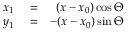
\begin{array} { r l r } { x _ { 1 } } & { { } = } & { ( x - x _ { 0 } ) \cos \Theta } \\ { y _ { 1 } } & { { } = } & { - ( x - x _ { 0 } ) \sin \Theta } \end{array}